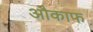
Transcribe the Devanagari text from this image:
औकाफ